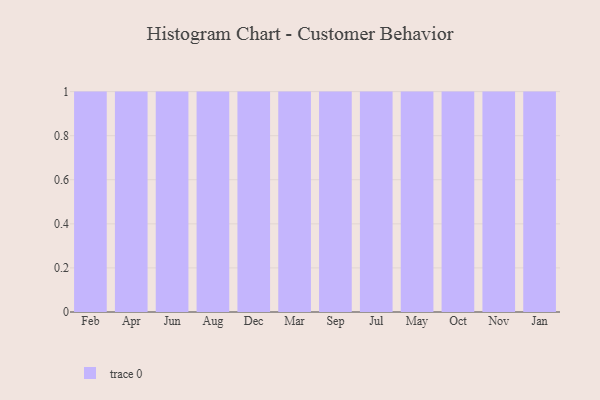
{"axis": {"x": "Month", "y": "Page Views"}, "legend": [""], "data": [{"x": "Feb", "y": 6, "type": ""}, {"x": "Apr", "y": 9, "type": ""}, {"x": "Jun", "y": 89, "type": ""}, {"x": "Aug", "y": 83, "type": ""}, {"x": "Dec", "y": 99, "type": ""}, {"x": "Mar", "y": 65, "type": ""}, {"x": "Sep", "y": 20, "type": ""}, {"x": "Jul", "y": 47, "type": ""}, {"x": "May", "y": 40, "type": ""}, {"x": "Oct", "y": 42, "type": ""}, {"x": "Nov", "y": 100, "type": ""}, {"x": "Jan", "y": 68, "type": ""}]}